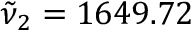
\tilde { \nu } _ { 2 } = 1 6 4 9 . 7 2